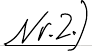
Nr.2.)